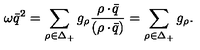
\omega \bar { q } ^ { 2 } = \sum _ { \rho \in \Delta _ { + } } g _ { \rho } { \frac { \rho \cdot \! \bar { q } } { ( \rho \cdot \! \bar { q } ) } } = \sum _ { \rho \in \Delta _ { + } } g _ { \rho } .